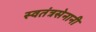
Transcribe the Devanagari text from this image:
स्वतंत्रसेनानी